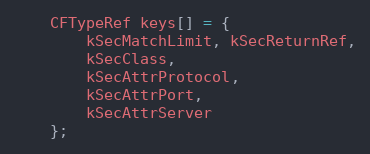
Language: C++
	CFTypeRef keys[] = {
		kSecMatchLimit, kSecReturnRef,
		kSecClass,
		kSecAttrProtocol,
		kSecAttrPort,
		kSecAttrServer
	};